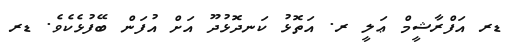
ޑރ އަފްރާޝީމް ޢަލީ ރ. އަތޮޅު ކަނދޮޅުދޫ އަށް އުފަން ބޭފުޅެކެވެ. ޑރ